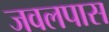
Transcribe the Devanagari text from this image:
जवलपास